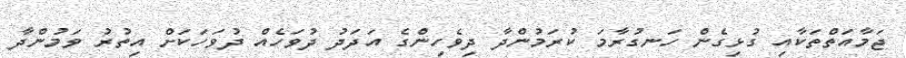
ޖަމާއަތްތަކާއި ގުޅިގެން ހަނގުރާމަ ކުރަމުންދާ ދިވެހިންގެ އަދަދު ދުވަހެއް ދުވަހަކަށް އިތުރު ވަމުންދާ